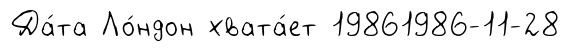
Да́та Ло́ндон хвата́ет 19861986-11-28